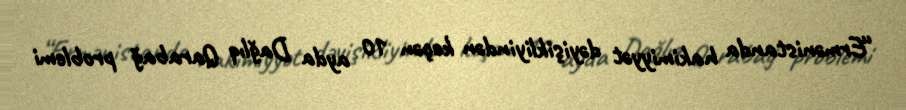
“Ermənistanda hakimiyyət dəyişikliyindən keçən 10 ayda Dağlıq Qarabağ problemi